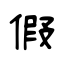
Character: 假